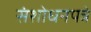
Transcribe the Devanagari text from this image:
संशोधनपत्रे